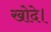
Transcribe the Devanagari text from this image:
खोदे।